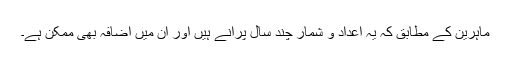
ماہرین کے مطابق کہ یہ اعداد و شمار چند سال پرانے ہیں اور ان میں اضافہ بھی ممکن ہے۔